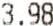
3.98